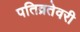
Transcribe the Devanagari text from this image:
पतिव्रतेवरी